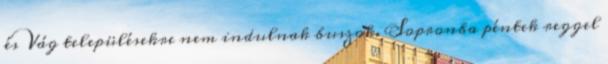
és Vág településekre nem indulnak buszok. Sopronba péntek reggel